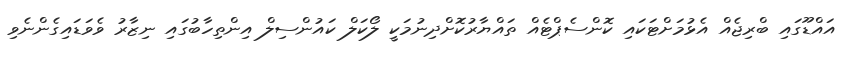
އައްޑޫގައި ބްރިޖެއް އެޅުމަށްޓަކައި ކޮންސެޕްޓެއް ތައްޔާރުކޮށްދިނުމަކީ ލޯކަލް ކައުންސިލް އިންތިހާބުގައި ނިޒާރު ވެވަޑައިގެންނެވި